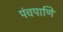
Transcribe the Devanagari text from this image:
पंचपाणि